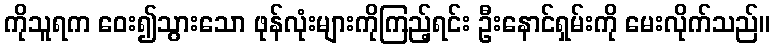
ကိုသူရက ဝေး၍သွားသော ဖုန်လုံးများကိုကြည့်ရင်း ဦးနောင်ရှမ်းကို မေးလိုက်သည်။